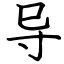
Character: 导